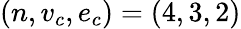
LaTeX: (n,v_{c},e_{c})=(4,3,2)